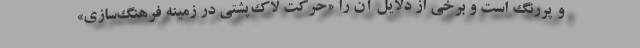
و پررنگ است و برخی از دلایل آن را «حرکت لاک‌پشتی در زمینه فرهنگ‌سازی»